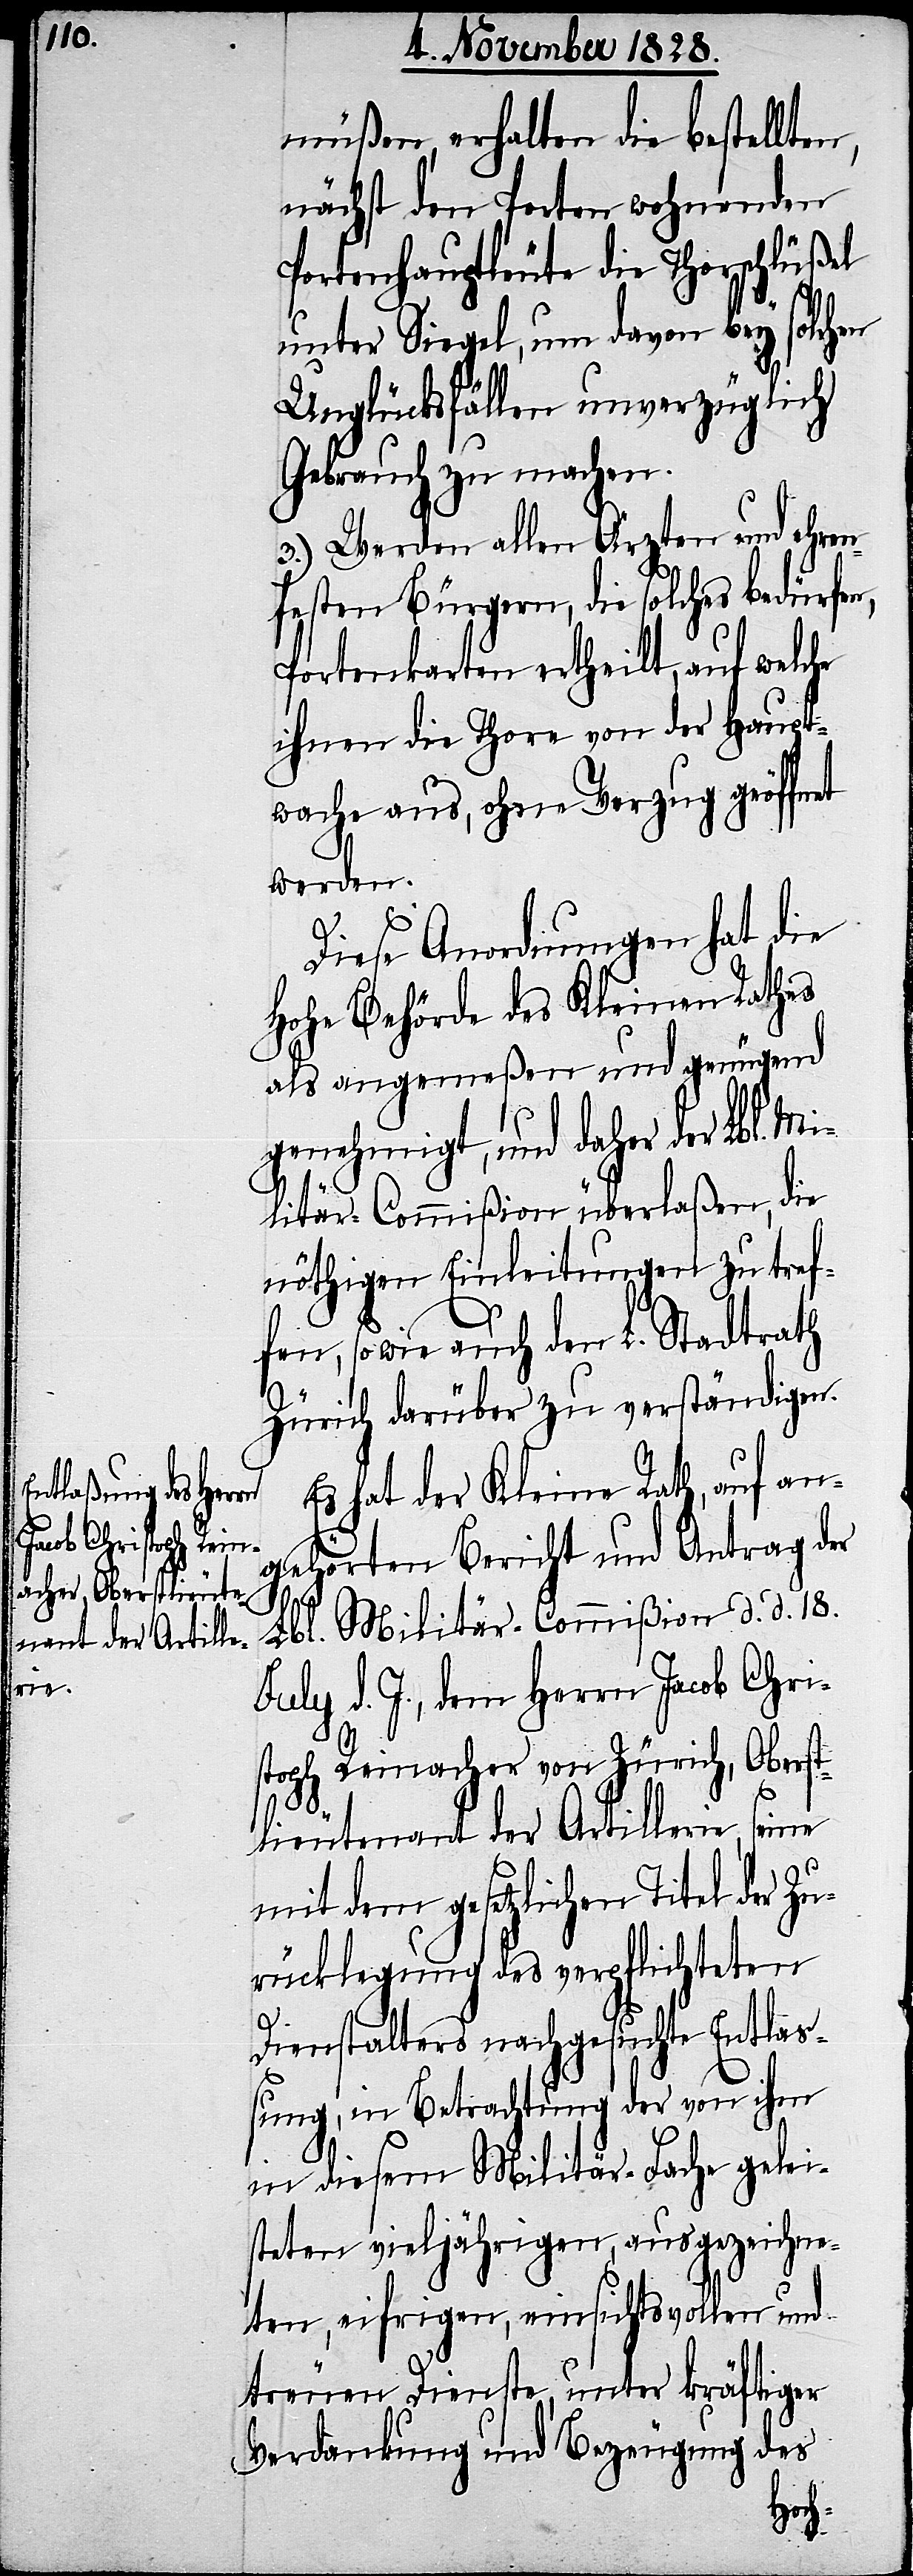
müßen, erhalten die bestellten,
nächst den Porten wohnenden
Portenhauptleute die Thorschlüßel
unter Siegel, um davon bey solchen
Unglücksfällen unverzüglich
Gebrauch zu machen.
3.) Werden allen Ärzten und ehren¬
hafte Bürgern, die solches bedürf¬
Portenkarten ertheilt, auf welche
ihnen die Thore von der Haupt¬
wache aus, ohne Verzug geöffnet
werden.
en,
Diese Anordnungen hat die
Hohe Behörde des Kleine Rathes
als angemeßen und genügend
genehmigt, und daher der Lbl. Mi¬
litär-Commißion überlaßen, die
nöthigen Einleitungen zu tref¬
fen, so wie auch den L. Stadtrath
Zürich darüber zu verständigen.
Es hat der Kleine Rath, auf an¬
gehörten Bericht und Antrag der
Lbl. Militär-Commißion d. d. 18.
July d. J., dem Herrn Jacob Chri¬
stoph Reinacher von Zürich, Oberst¬
lieutenant der Artillerie,
mit dem gesetzlichen Titel der Zu¬
rücklegung des verpflichteten
Dienstalters nachgesuchte Entlaß¬
ung, in Betrachtung der von ihm
in diesem Militär-Fache gelei¬
steten vieljährigen, ausgezeichne¬
ten, eifrigen, einsichtsvollen und
treuen Dienste, unter kräftiger
Verdankung und Bezeugung des